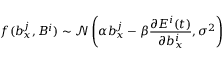
f ( b _ { x } ^ { j } , B ^ { i } ) \sim \mathcal { N } \left( \alpha b _ { x } ^ { j } - \beta \frac { \partial E ^ { i } ( t ) } { \partial b _ { x } ^ { i } } , \sigma ^ { 2 } \right)